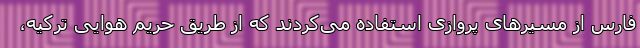
فارس از مسیرهای پروازی استفاده می‌کردند که از طریق حریم هوایی ترکیه،